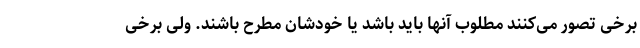
برخی تصور می‌کنند مطلوب آنها باید باشد یا خودشان مطرح باشند. ولی برخی